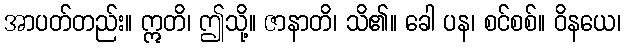
အာပတ်တည်း။ ဣတိ၊ ဤသို့။ ဇာနာတိ၊ သိ၏။ ခေါ ပန၊ စင်စစ်။ ဝိနယေ၊